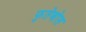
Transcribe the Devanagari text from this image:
फुतेबोल